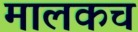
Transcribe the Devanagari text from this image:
मालकच